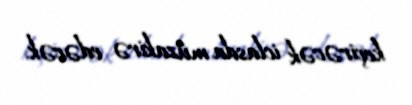
keçirəcək iclasda müzakirə edəcək.